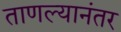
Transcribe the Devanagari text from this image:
ताणल्यानंतर